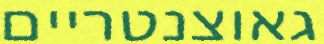
גאוצנטריים